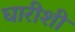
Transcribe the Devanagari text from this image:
घारीशी